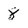
Character: 8